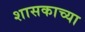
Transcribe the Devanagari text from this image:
शासकाच्या